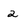
Character: 2